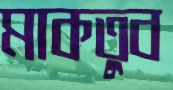
মাকতুব